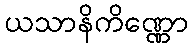
ယသာနိကိဏ္ဏော